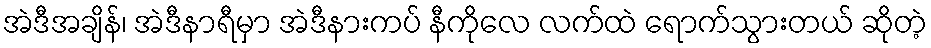
အဲဒီအချိန်၊ အဲဒီနာရီမှာ အဲဒီနားကပ် နီကိုလေ လက်ထဲ ရောက်သွားတယ် ဆိုတဲ့